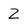
Character: Z